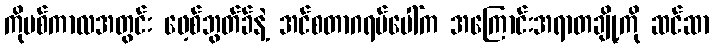
ကိုဗစ်ကာလအတွင်း ဖေ့စ်ဘွတ်ခ်နဲ့ အင်စတာဂရမ်ပေါ်က အကြောင်းအရာတချို့ကို ဆင်ဆာ